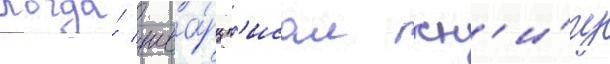
Когда́ шва́рц п'исал кн'и́гу